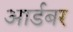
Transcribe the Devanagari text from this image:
आर्डबर